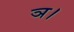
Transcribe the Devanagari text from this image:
ञ।